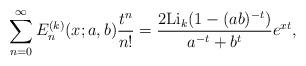
LaTeX: \begin{align*}\sum_{n=0}^{\infty}{E}^{(k)}_n(x;a,b)\frac{t^n}{n!}=\frac{2{\rm Li}_k(1-(ab)^{-t})}{a^{-t}+b^{t}}e^{xt},\end{align*}